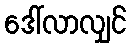
ဒေါ်လာလျှင်